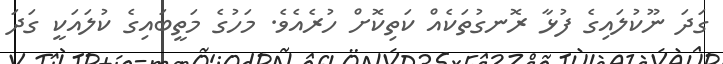
ގަދަ ނޫކުލައިގެ ފުޅާ ރޮނގުތަކެއް ކަތިކޮށް ހުރެއެވެ. މަހުގެ މަތީބައިގެ ކުލައަކީ ގަދަ